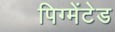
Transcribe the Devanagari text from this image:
पिग्मेंटेड